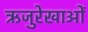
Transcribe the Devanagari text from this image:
ऋजुरेखाओं